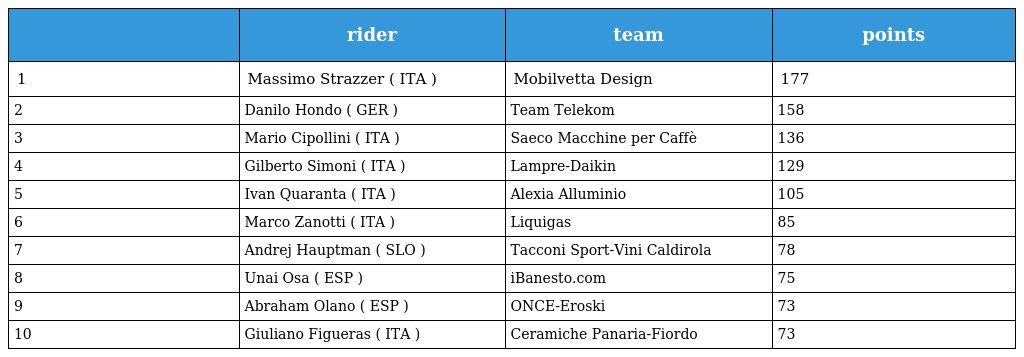
|  | rider | team | points |
 | --- | --- | --- | --- |
 | 1 | Massimo Strazzer ( ITA ) | Mobilvetta Design | 177 |
 | 2 | Danilo Hondo ( GER ) | Team Telekom | 158 |
 | 3 | Mario Cipollini ( ITA ) | Saeco Macchine per Caffè | 136 |
 | 4 | Gilberto Simoni ( ITA ) | Lampre-Daikin | 129 |
 | 5 | Ivan Quaranta ( ITA ) | Alexia Alluminio | 105 |
 | 6 | Marco Zanotti ( ITA ) | Liquigas | 85 |
 | 7 | Andrej Hauptman ( SLO ) | Tacconi Sport-Vini Caldirola | 78 |
 | 8 | Unai Osa ( ESP ) | iBanesto.com | 75 |
 | 9 | Abraham Olano ( ESP ) | ONCE-Eroski | 73 |
 | 10 | Giuliano Figueras ( ITA ) | Ceramiche Panaria-Fiordo | 73 |